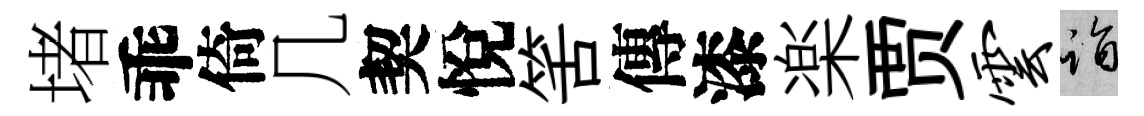
堵乖倚几契悅筈傳漆楽贾云诣